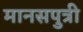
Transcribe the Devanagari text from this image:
मानसपुत्री